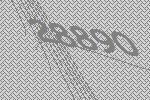
28890